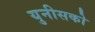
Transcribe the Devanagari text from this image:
युनीसको